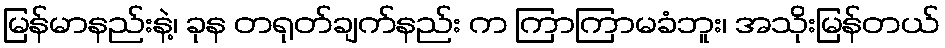
မြန်မာနည်းနဲ့၊ ခုန တရုတ်ချက်နည်း က ကြာကြာမခံဘူး၊ အသိုးမြန်တယ်